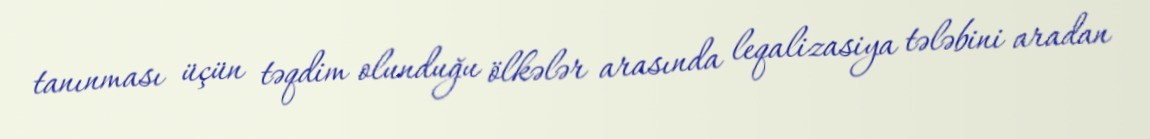
tanınması üçün təqdim olunduğu ölkələr arasında leqalizasiya tələbini aradan